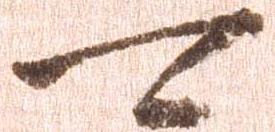
可